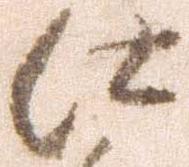
仕